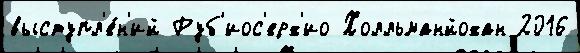
выступл'е́н'ий Руб'иос'ерх'ио Холльманйохан 2016